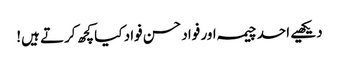
دیکھیے احد چیمہ اور فواد حسن فواد کیا کچھ کرتے ہیں!